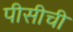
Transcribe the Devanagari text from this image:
पीसीची